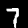
Label: 7